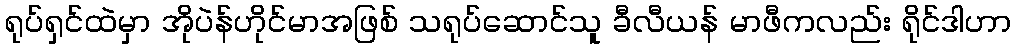
ရုပ်ရှင်ထဲမှာ အိုပဲန်ဟိုင်မာအဖြစ် သရုပ်ဆောင်သူ ခီလီယန် မာဖီကလည်း ရိုင်ဒါဟာ